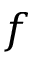
f